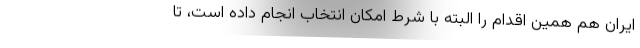
ایران هم همین اقدام را البته با شرط امکان انتخاب انجام داده است، تا